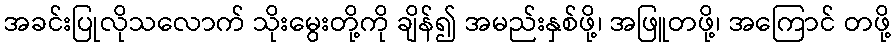
အခင်းပြုလိုသလောက် သိုးမွေးတို့ကို ချိန်၍ အမည်းနှစ်ဖို့၊ အဖြူတဖို့၊ အကြောင် တဖို့